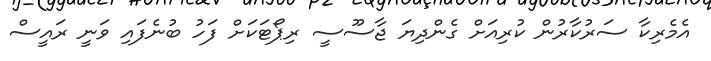
އެމެރިކާ ސަރުކާރުން ކުރިއަށް ގެންދިޔަ ޖާސޫސީ ރިޕޯޓަކަށް ފަހު ބުނެފައި ވަނީ ރައީސް